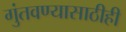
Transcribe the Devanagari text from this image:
गुंतवण्‍यासाठीही